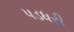
પડધરી